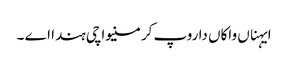
ایہناں واکاں دا روپ کرمنیواچی ہندا اے ۔